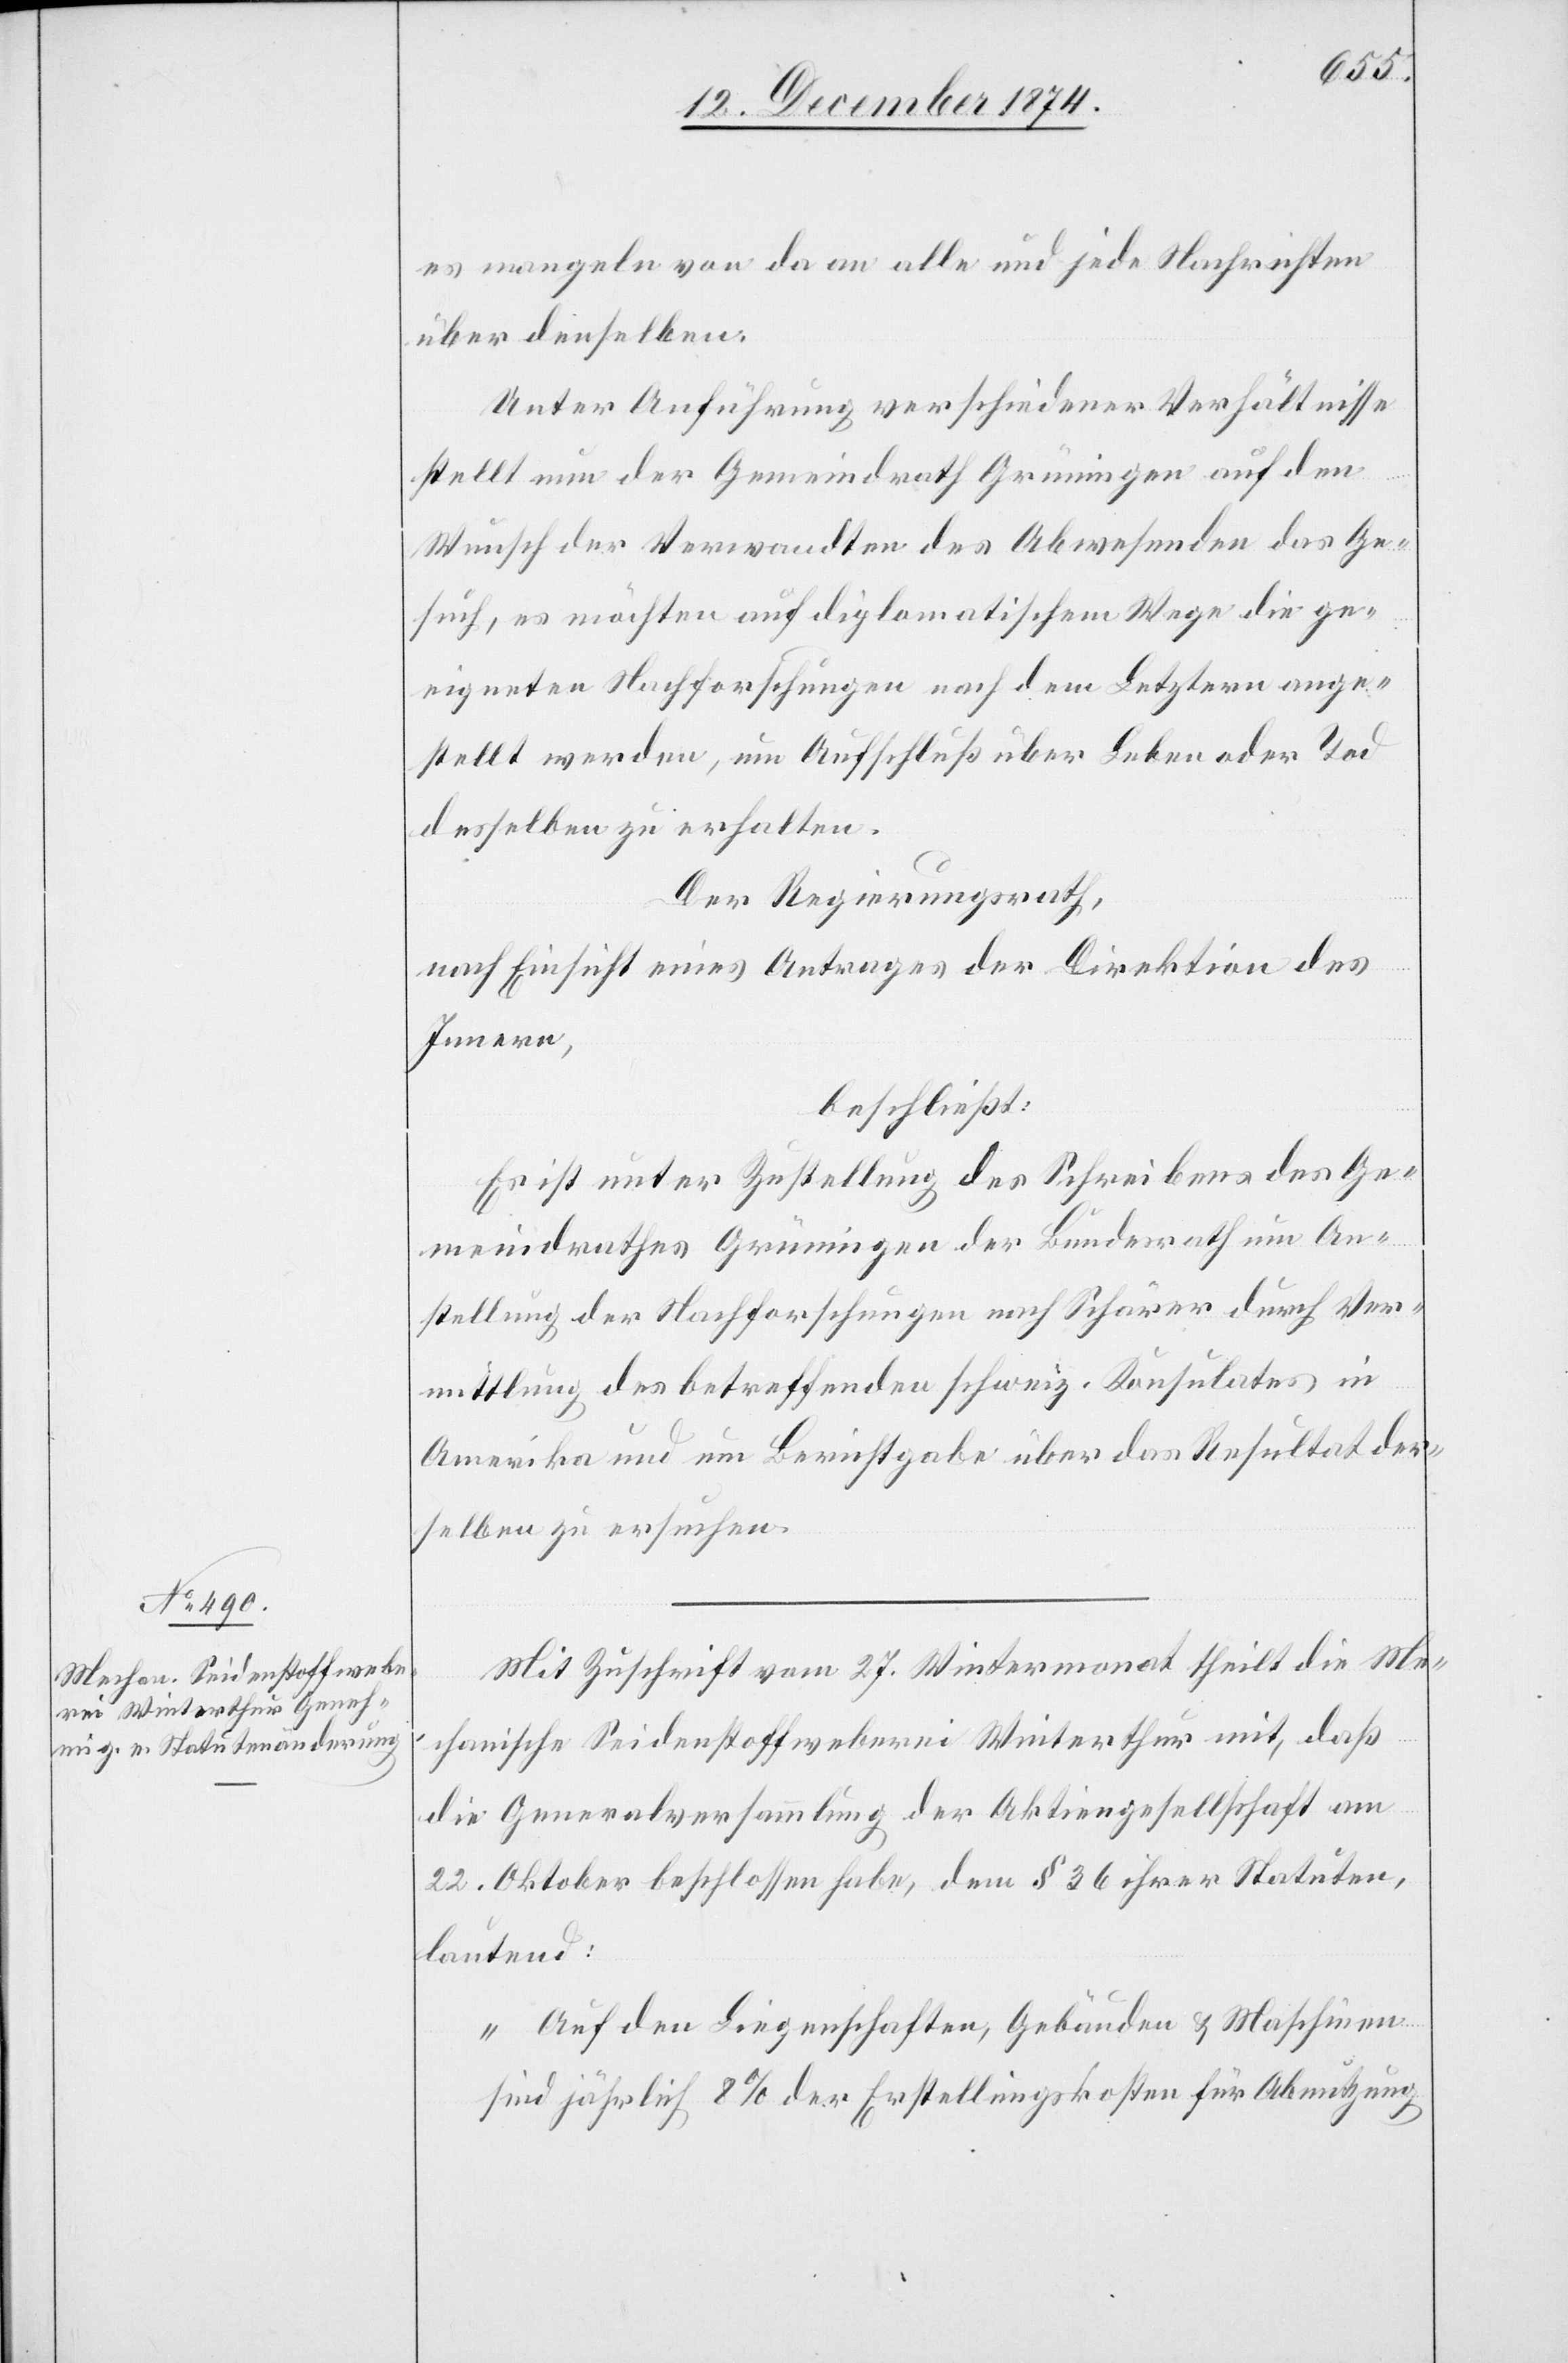
es mangeln von da an alle und jede Nachrichten
über denselben.
Unter Anführung verschiedener Verhältnisse
stellt nun der Gemeindrath Grüningen auf den
Wunsch der Verwandten des Abwesenden das Ge¬
such, es möchten auf diplomatischem Wege die ge¬
eigneten Nachforschungen nach dem Letztern ange¬
stellt werden, um Aufschluß über Leben oder Tod
desselben zu erhalten.
Der Regierungsrath,
nach Einsicht eines Antrages der Direktion des
Innern,
beschließt:
Es ist unter Zustellung des Schreibens des Ge¬
meindrathes Grüningen der Bundesrath um An¬
stellung der Nachforschungen nach Schärer durch Ver¬
mittlung des betreffenden schweiz. Konsulates in
Amerika und um Berichtgabe über das Resultat der¬
selben zu ersuchen.
Mit Zuschrift vom 27. Wintermonat theilt die Me¬
chanische Seidenstoffweberei Winterthur mit, daß
die Generalversammlung der Aktiengesellschaft am
22. Oktober beschlossen habe, dem § 36 ihrer Statuten,
lautend:
„Auf den Liegenschaften, Gebäuden & Maschinen
sind jährlich 8% der Erstellungskosten für Abnutzung